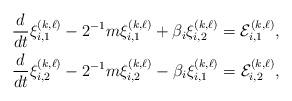
LaTeX: \begin{align*} &\frac{d}{dt} \xi^{(k,\ell)}_{i,1}-2^{-1}m \xi^{(k,\ell)}_{i,1}+\beta_i\xi^{(k,\ell)}_{i,2}=\mathcal{E}^{(k,\ell)}_{i,1},\\ &\frac{d}{dt} \xi^{(k,\ell)}_{i,2}-2^{-1}m \xi^{(k,\ell)}_{i,2}-\beta_i\xi^{(k,\ell)}_{i,1}=\mathcal{E}^{(k,\ell)}_{i,2}, \end{align*}